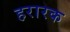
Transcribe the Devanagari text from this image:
हरारक